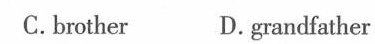
C.brother D.grandfather